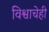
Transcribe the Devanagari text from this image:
विश्वाचेही